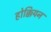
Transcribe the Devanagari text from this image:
होक्कियन